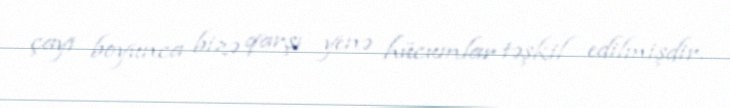
çayı boyunca bizə qarşı yenə hücumlar təşkil edilmişdir.